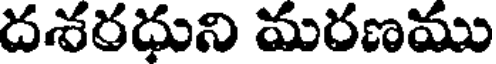
దశరధుని మరణము